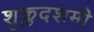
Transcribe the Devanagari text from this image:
शुक्लदशमी